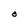
Character: O